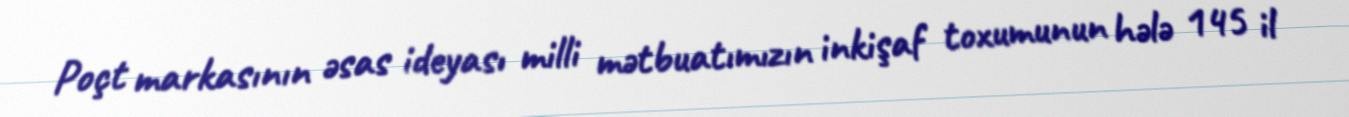
Poçt markasının əsas ideyası milli mətbuatımızın inkişaf toxumunun hələ 145 il